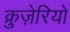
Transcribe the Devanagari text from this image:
क्रुज़ेरियो